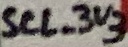
Text: SCL_3V3